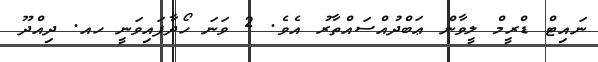
ނައިޓް ޑްރީމް ލީވާން ޢަބްދުއްސައްތާރު އެވެ. 2 ވަނަ ހޯދާފައިވަނީ ހއ. ދިއްދޫ